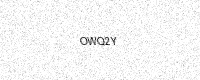
Text: OWQ2Y